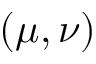
( \mu , \nu )